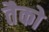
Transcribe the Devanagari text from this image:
तैको